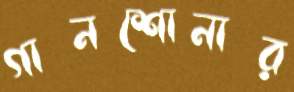
গানশোনার